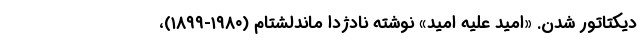
دیکتاتور شدن. «امید علیه امید» نوشته نادژدا ماندلشتام (۱۹۸۰-۱۸۹۹)،